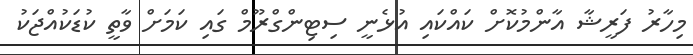
މިހާރު ފަރީޝާ އާންމުކޮށް ކައްކައި އުޅެނީ ސިޓިންގްރޫމް ގައި ކަމަށް ވާތީ ކުޑަކުއްޖަކު